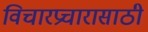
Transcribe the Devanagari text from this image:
विचारप्रचारासाठी